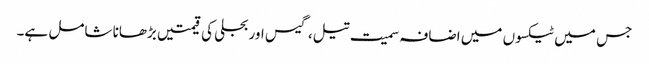
جس میں ٹیکسوں میں اضافہ سمیت تیل، گیس اور بجلی کی قیمتیں بڑھانا شامل ہے۔